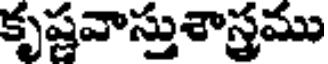
కృష్ణవాస్తుశాస్త్రము